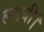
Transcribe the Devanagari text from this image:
लगयी।